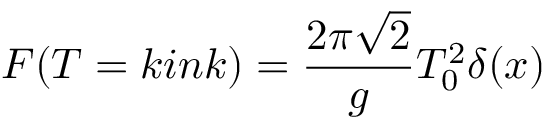
F ( T = k i n k ) = \frac { 2 \pi \sqrt { 2 } } { g } T _ { 0 } ^ { 2 } \delta ( x )